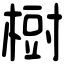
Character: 𣗳